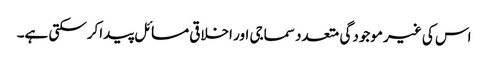
اس کی غیر موجودگی متعدد سماجی اور اخلاقی مسائل پیداکرسکتی ہے۔